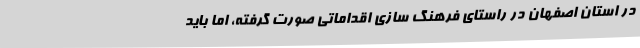
در استان اصفهان در راستای فرهنگ سازی اقداماتی صورت گرفته، اما باید